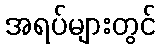
အရပ်များတွင်